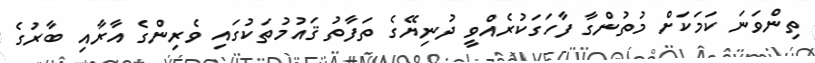
ތިންވަނަ ކަމަކަށް މުތުންގާ ފާހަގަކުރެއްވީ ދުނިޔޭގެ ތަފާތު ޤައުމުތަކުގައި ވެރިންގެ އާރާއި ބާރުގެ